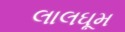
લાલઘૂમ